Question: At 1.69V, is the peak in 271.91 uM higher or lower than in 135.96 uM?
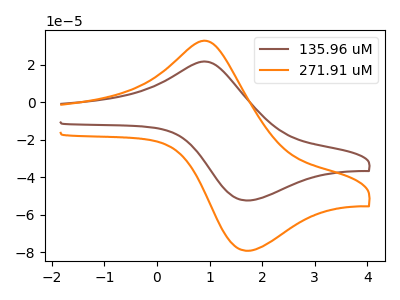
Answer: <think>The brown curve "135.96 uM" has an anodic peak at (1.00V, 21.40uA) and a cathodic peak at (1.70V, -52.35uA). The orange curve "271.91 uM" has an anodic peak at (1.00V, 32.35uA) and a cathodic peak at (1.70V, -79.10uA).</think>
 <answer>The peak at 1.69V is higher in "271.91 uM" than in "135.96 uM".</answer>
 <eval>higher</eval>